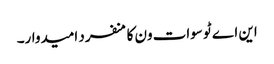
این اے ٹو سوات ون کا منفرد امیدوار۔